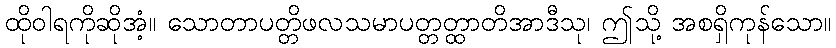
ထိုဝါရကိုဆိုအံ့။ သောတာပတ္တိဖလသမာပတ္တတ္ထာတိအာဒီသု၊ ဤသို့ အစရှိကုန်သော။